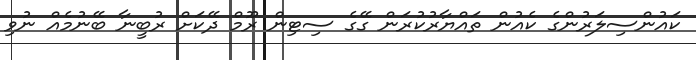
ކައުންސިލަރުންގެ ކެއުން ތައްޔާރުކުރަން ގޭގެ ސިޓިން ރޫމް ދޭކަށް ރުބީނާ ބޭނުމެއް ނުވި